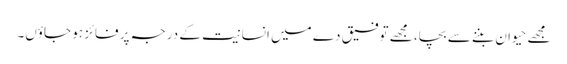
مجھے حیوان بننے سے بچا، مجھے توفیق دے میں انسانیت کے درجہ پر فائز ہو جاؤں۔